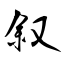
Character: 叙